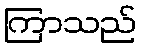
ကြာသည်